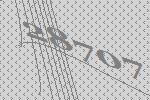
28707